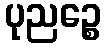
ပုညဉ္စေ